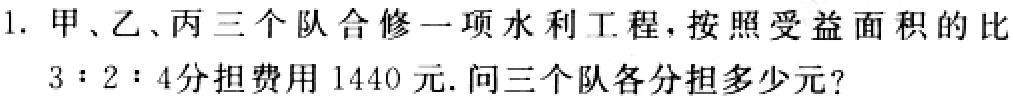
1. 甲、乙、丙三个队合修一项水利工程，按照受益面积的比
$3:2:4$分担费用$1440$元. 问三个队各分担多少元?